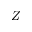
Z